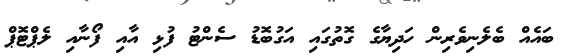
ބައެއް ބެލެނިވެރިން ހަދިޔާގެ ގޮތުގައި އަގުބޮޑު ސެންޓު ފުޅި އާއި ފޯނާއި ލެޕްޓޮޕް